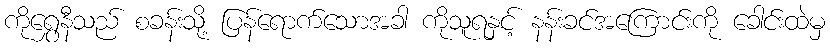
ကိုရွှေနီသည် စခန်းသို့ ပြန်ရောက်သောအခါ ကိုသူရနှင့် နန်းခင်အကြောင်းကို ခေါင်းထဲမှ